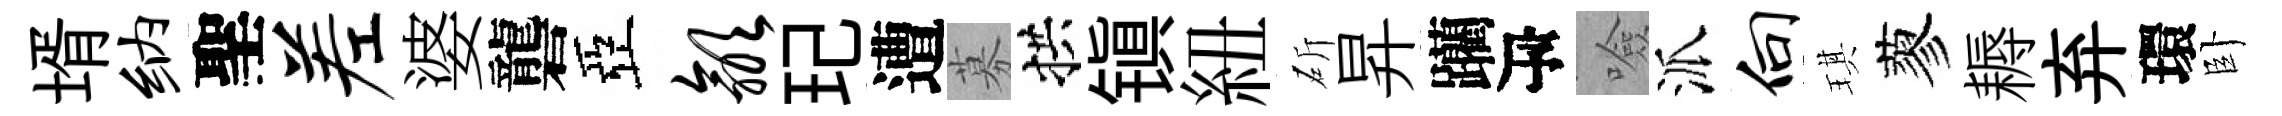
壻纳聖差婆礱亞歙玘遭募拱镇紐斫昇躪瓴噞派向琪蓼耨弃環卧